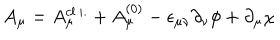
A _ { \mu } = A _ { \mu } ^ { c l . i . } + A _ { \mu } ^ { ( 0 ) } - \epsilon _ { \mu \nu } \partial _ { \nu } \phi + \partial _ { \mu } \chi